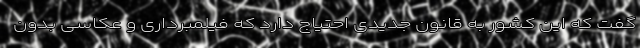
گفت که این کشور به قانون جدیدی احتیاج دارد که فیلمبرداری و عکاسی بدون